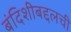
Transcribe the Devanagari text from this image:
बंदिशीबद्दलची